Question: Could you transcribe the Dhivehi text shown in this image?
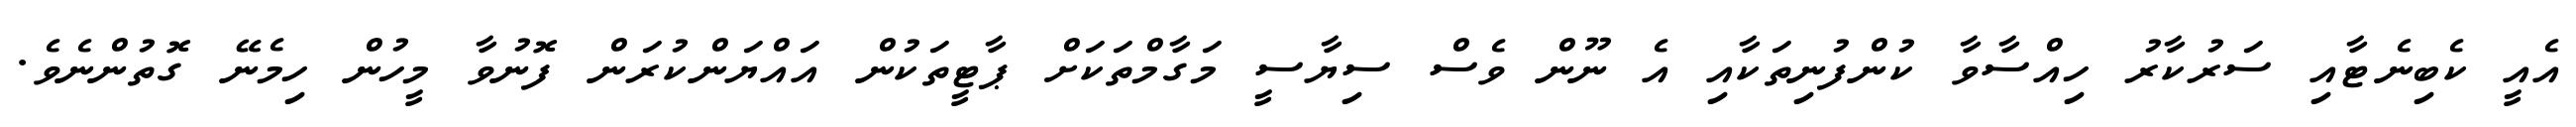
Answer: އެއީ ކެބިނެޓާއި ސަރުކާރު ހިއްސާވާ ކުންފުނިތަކާއި އެ ނޫން ވެސް ސިޔާސީ މަގާމްތަކަށް ޕާޓީތަކުން އައްޔަންކުރަން ފޮނުވާ މީހުން ހިމެނޭ ގޮތުންނެވެ.